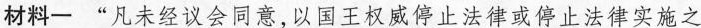
材料一 “凡未经议会同意，以国王权威停止法律或停止法律实施之